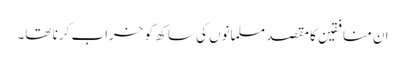
ان منافقین کا مقصد مسلمانوں کی ساکھ کو خراب کرنا تھا۔